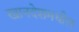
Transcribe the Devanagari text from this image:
खानदेशमधील